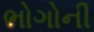
ભોગોની